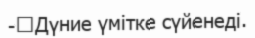
-	Дүние үмітке сүйенеді.